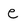
Character: e